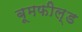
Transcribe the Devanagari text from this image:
बूमफील्ड